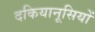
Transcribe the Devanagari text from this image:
दकियानूसियों